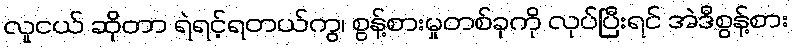
လူငယ် ဆိုတာ ရဲရင့်ရတယ်ကွ၊ စွန့်စားမှုတစ်ခုကို လုပ်ပြီးရင် အဲဒီစွန့်စား